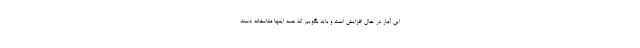
این آمار در حال افزایش است و باید بگویم که همه اینها متاسفانه دست